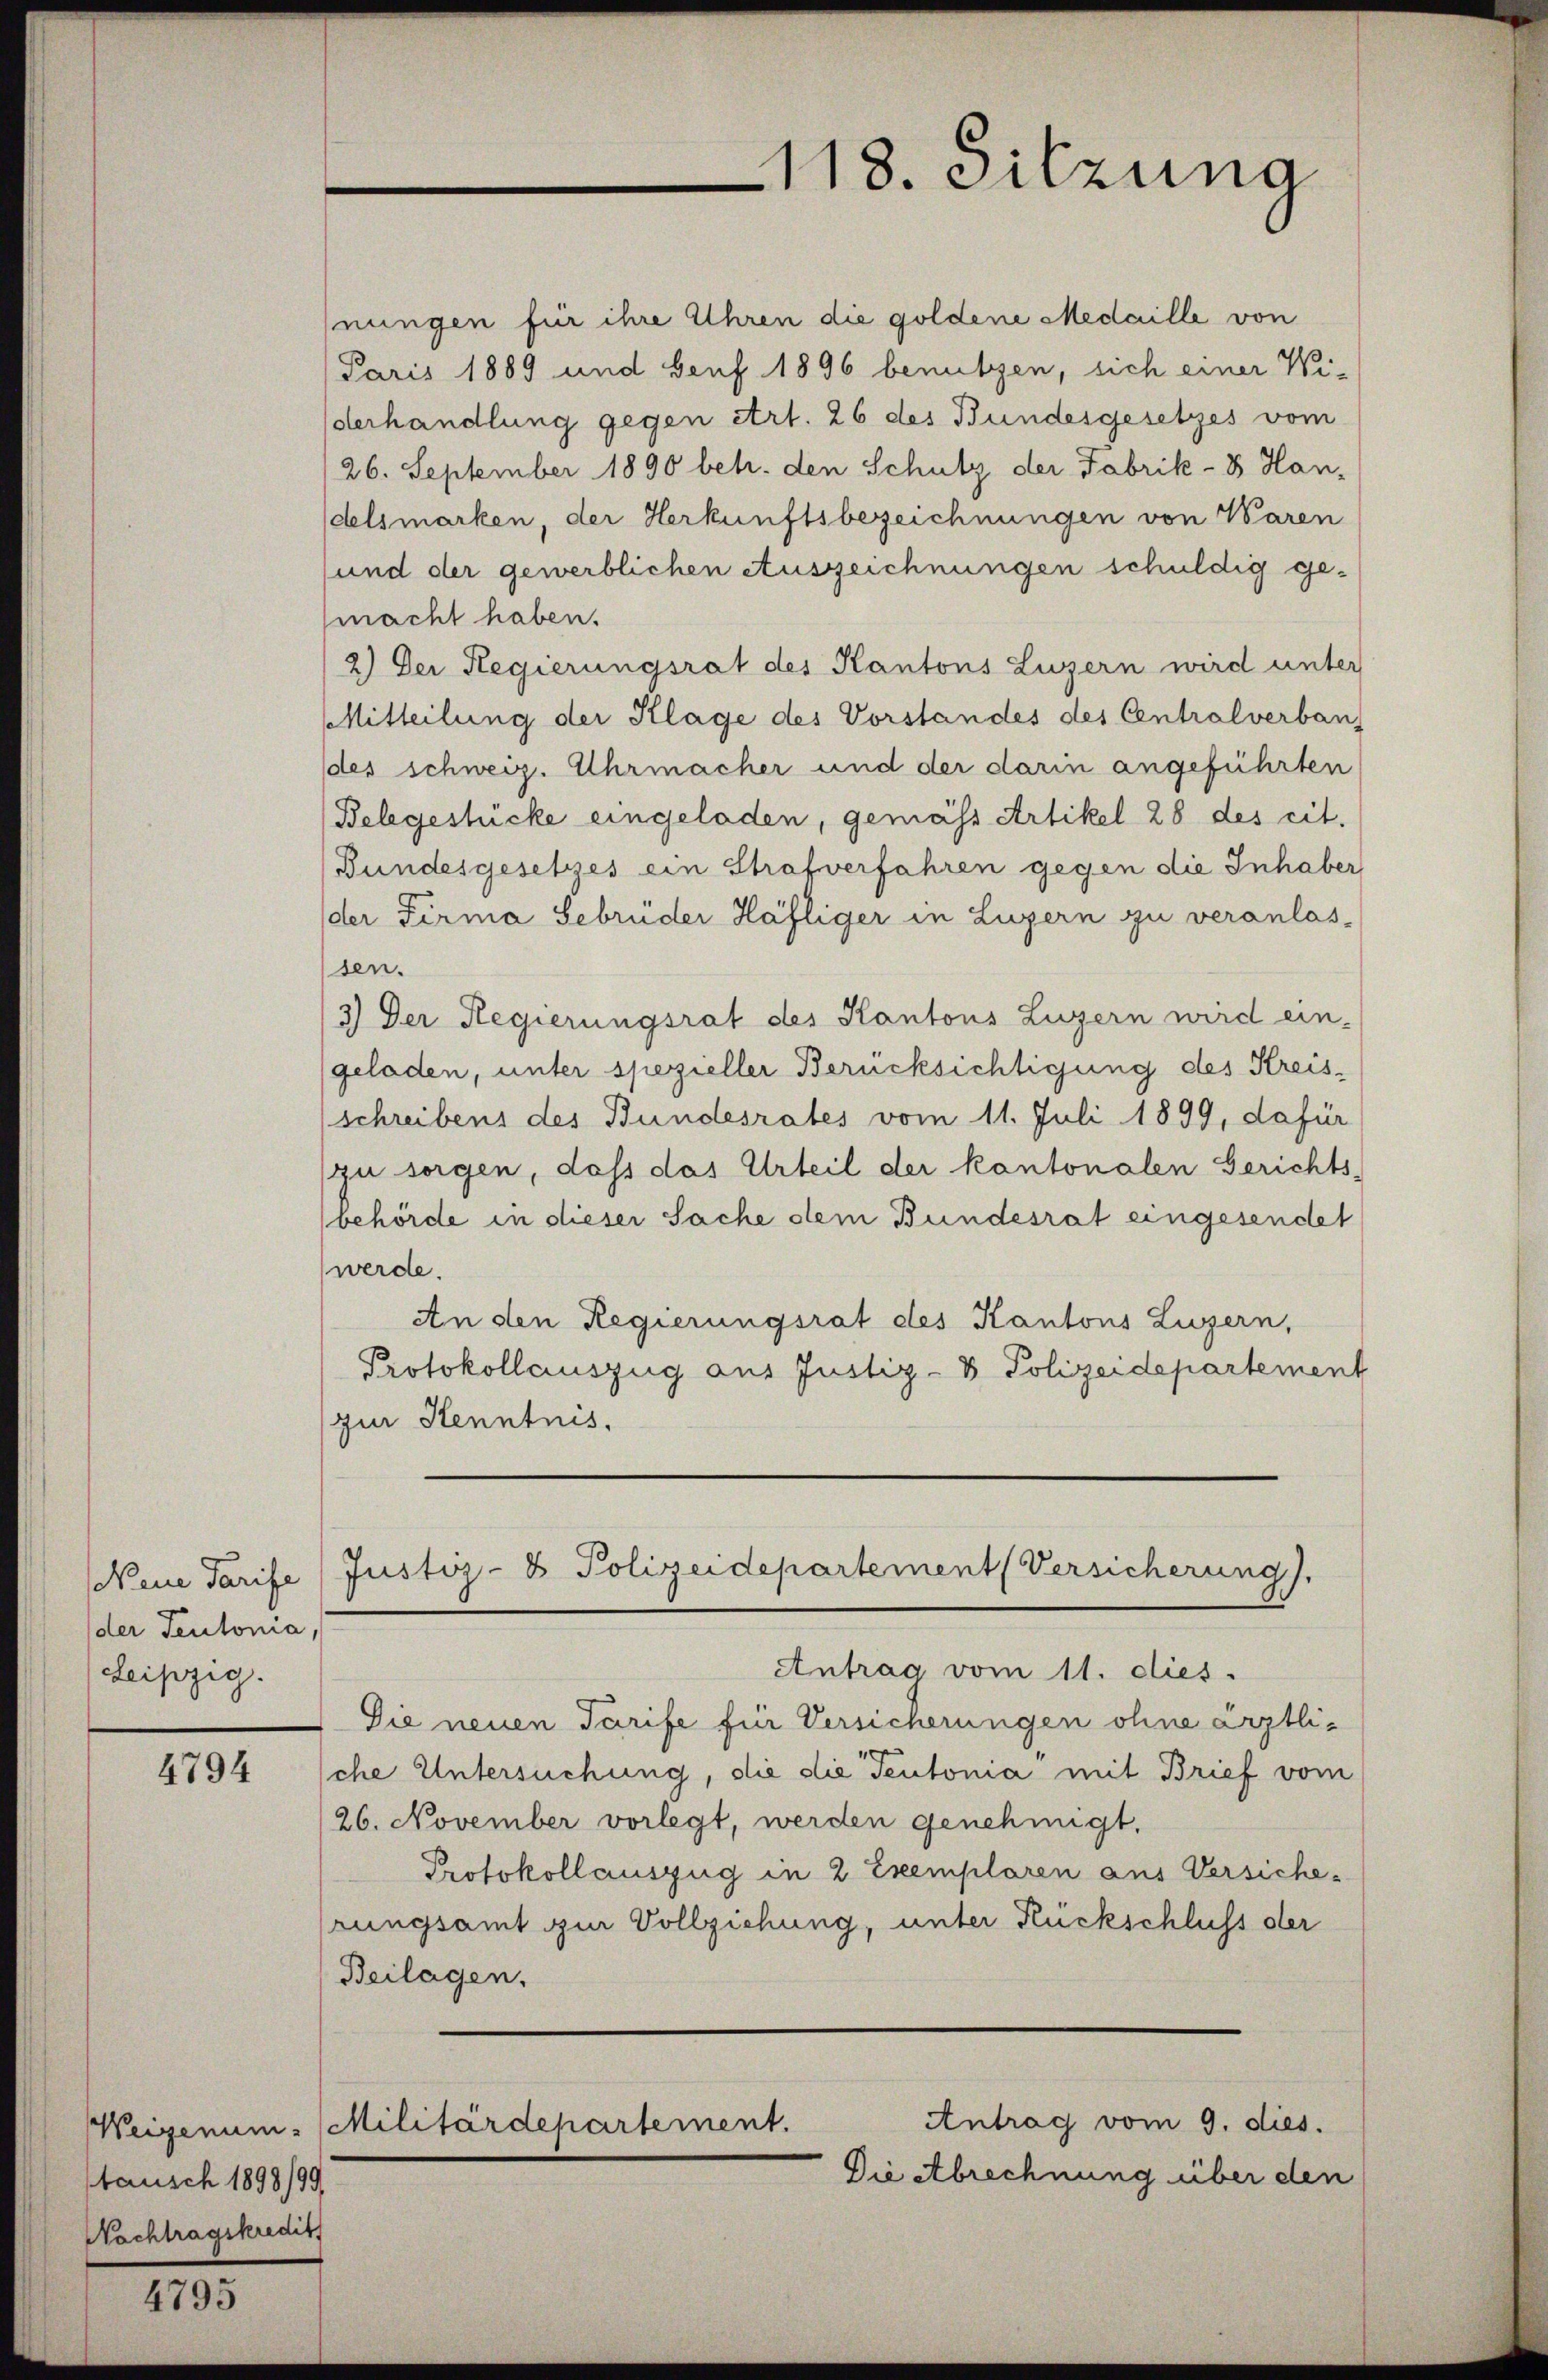
Neue Tarife
der Teutonia,
Leipzig.

4794

tausch 1898/99,
Nachtragskredit

4795

nungen für ihre Uhren die goldene Medaille von
Paris 1889 und Senf 1896 benutzen, sich einer Wi-
derhandlung gegen etrt. 26 des Bundesgesetzes vom
26. September 1890 betr. den Schutz der Fabrik-8 Han-
delsmarken, der Herkunftsbezeichnungen von Waren
und der gewerblichen Auszeichnungen schuldig gemacht haben.
2.) Der Regierungsrat des Kantons Luzern wird unter
Mitteilung der Klage des Vorstandes des Centralverban
des schweiz. Uhrmacher und der darin angeführten
Belegestücke eingeladen, gemäss Artikel 28 des cit.
Bundesgesetzes ein Strafverfahren gegen die Inhaber,
der Firma Gebrüder Häfliger in Luzern zu veranlas-
sen.
3.) Der Regierungsrat des Kantons Luzern wird ein-
geladen, unter spezieller Berücksichtigung des Kreisschreibens des Bundesrates vom 11. Juli 1899, dafür
zu sorgen, dass das Urteil der kantonalen Gerichts-
behörde in dieser Sache dem Bundesrat eingesendet
werde.
An den Regierungsrat des Kantons Luzern,
Protokollauszug aus Justiz- & Polizeidepartement
zur Kenntnis.
Justiz- & Polizeidepartement (Versicherung).
Antrag vom 11. dies
Die neuen Tarife für Versicherungen ohne ärztliche Untersuchung, die die Teutonia mit Brief vom
26. November vorlegt, werden genehmigt.
Protokollauszug in 2 Exemplaren aus Versiche-
rungsamt zur Vollziehung, unter Rückschluss der
Beilagen.
Antrag vom 9. dies.
Weigerum Militärdepartement.
Die Abrechnung über den

118. Sitzung